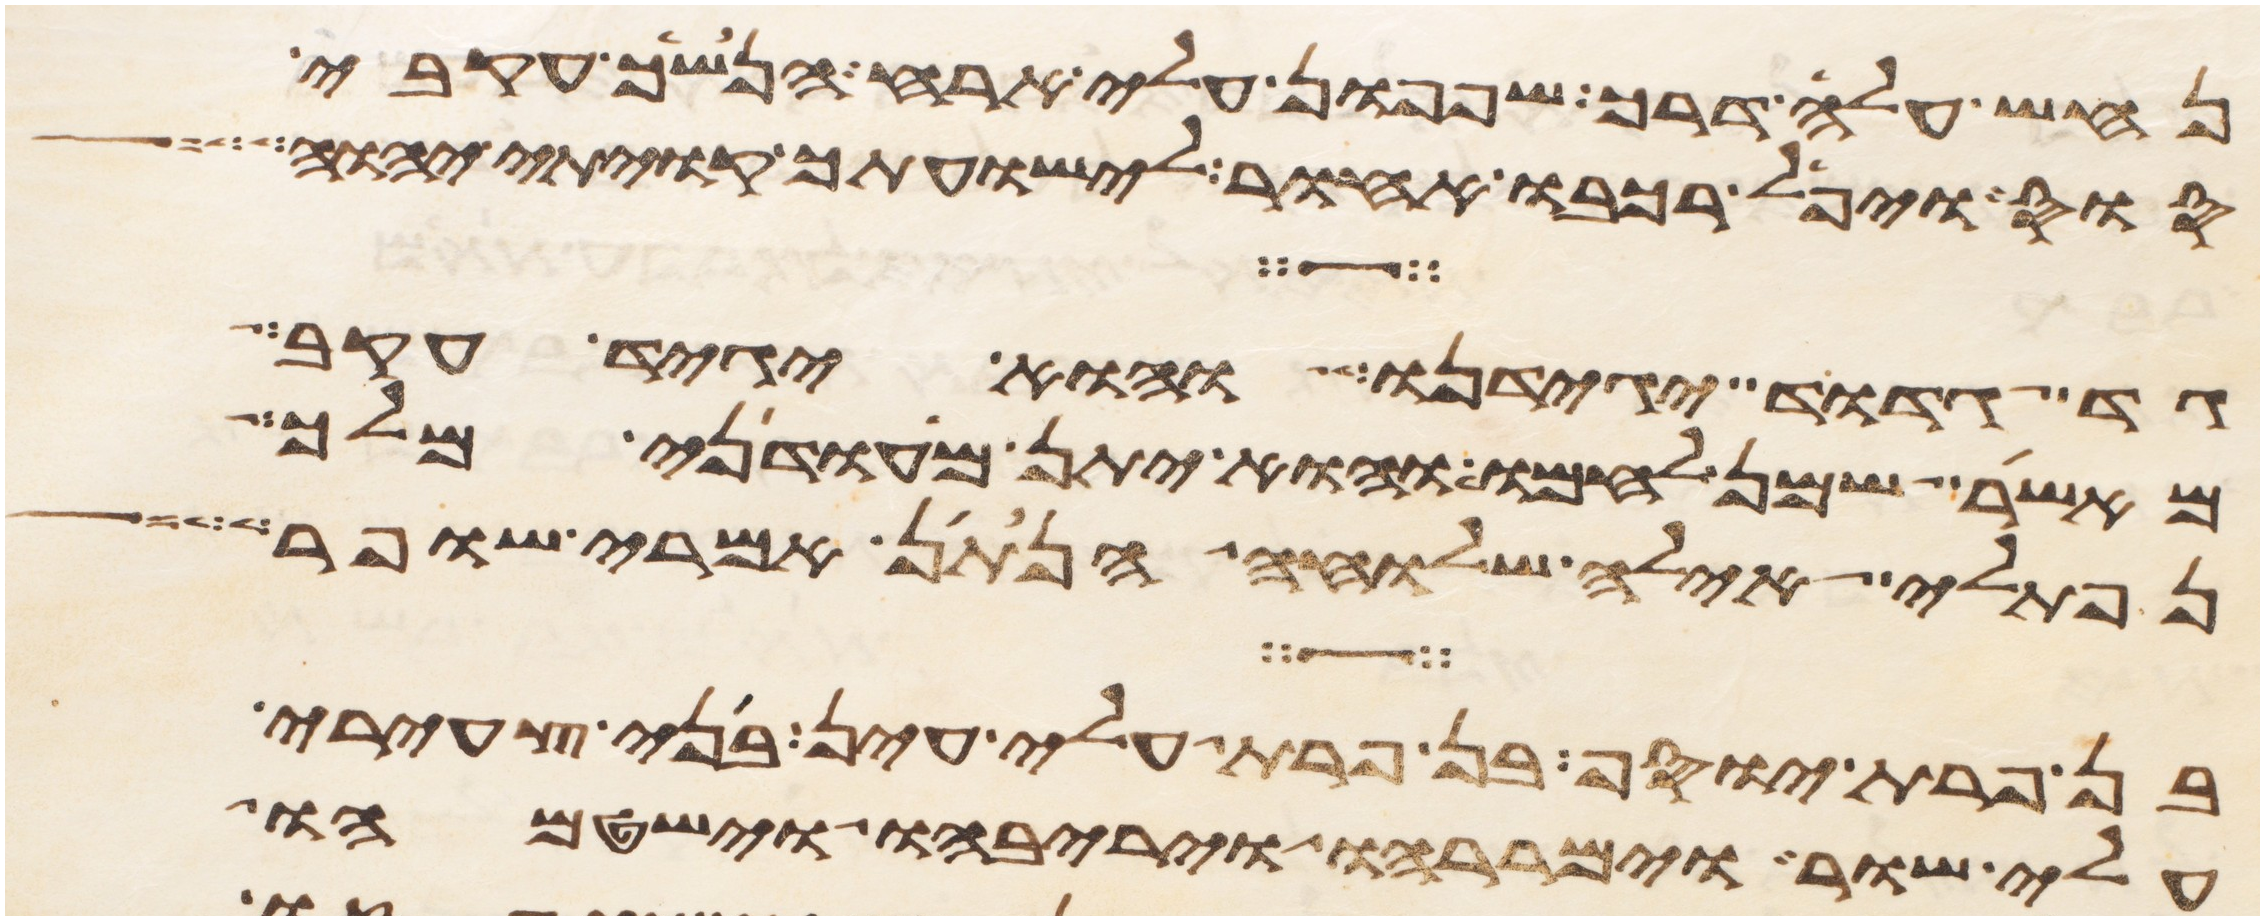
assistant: נחש עלה דרך שפפון עלי ארח הנשך עקבי
סוס ויפל רכבו אחור לישועתך קויתי יהוה
גד גדוד יגידנו והוא יגיד עקב
מאשר שמן לחמו והוא יתן מעדני מלך
נפתלי אילה שלוחה הנתן אמרי שפר
בן פרת יוסף בן פרת עלי עין בני צעירי
עלי שור וימררהו ויריבהו וישטמהו